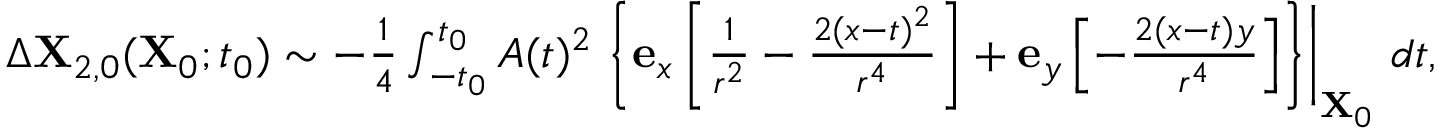
\begin{array} { r } { \Delta \mathbf { X } _ { 2 , 0 } ( \mathbf { X } _ { 0 } ; t _ { 0 } ) \sim - \frac { 1 } { 4 } \int _ { - t _ { 0 } } ^ { t _ { 0 } } A ( t ) ^ { 2 } \left. \left\{ \mathbf { e } _ { x } \left[ \frac { 1 } { r ^ { 2 } } - \frac { 2 ( x - t ) ^ { 2 } } { r ^ { 4 } } \right] + \mathbf { e } _ { y } \left[ - \frac { 2 ( x - t ) y } { r ^ { 4 } } \right] \right\} \right\vert _ { \mathbf { X } _ { 0 } } \, d t , } \end{array}